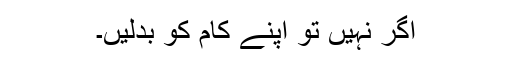
اگر نہیں تو اپنے کام کو بدلیں۔